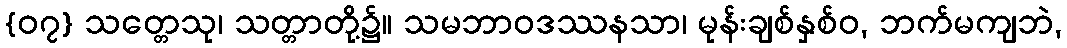
{၀၇} သတ္တေသု၊ သတ္တာတို့၌။ သမဘာဝဒဿနသာ၊ မုန်းချစ်နှစ်ဝ, ဘက်မကျဘဲ,